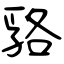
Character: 嗠